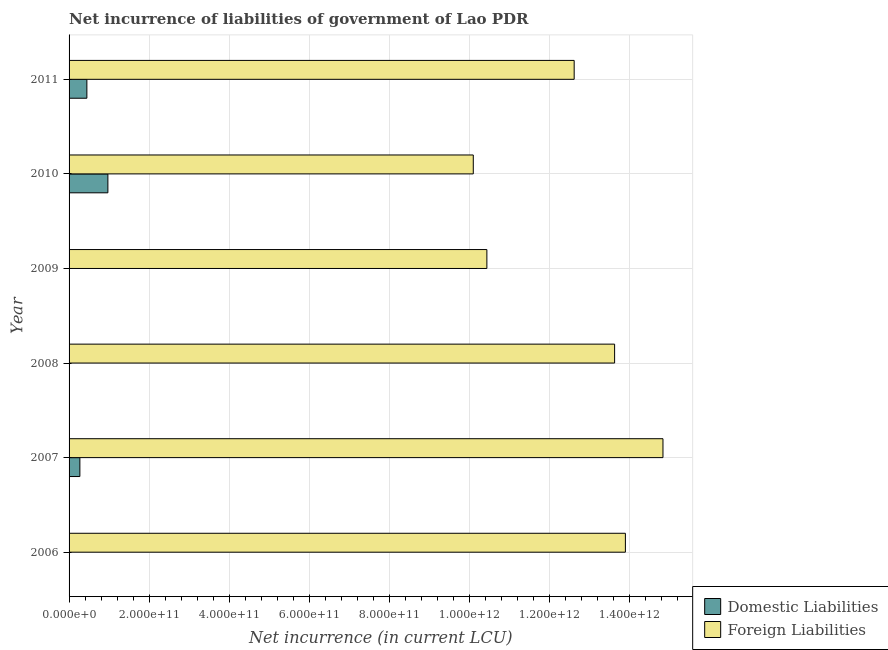
| Year | Domestic Liabilities | Foreign Liabilities |
 | --- | --- | --- |
 | 2006 | -3.22e+10 | 1.39e+12 |
 | 2007 | 2.7e+10 | 1.48e+12 |
 | 2008 | -2.04e+11 | 1.36e+12 |
 | 2009 | -1.32e+11 | 1.04e+12 |
 | 2010 | 9.7e+10 | 1.01e+12 |
 | 2011 | 4.45e+10 | 1.26e+12 |